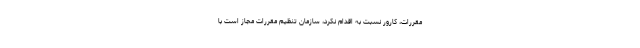
مقررات، کارور نسبت به اقدام نکرد، سازمان تنظیم مقررات مجاز است با